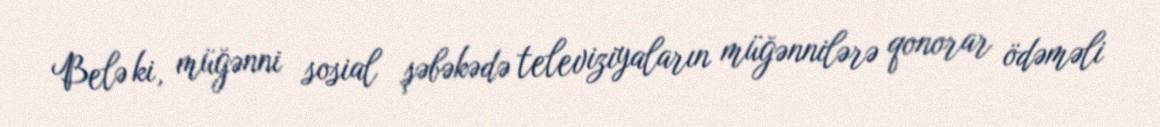
Belə ki, müğənni sosial şəbəkədə televiziyaların müğənnilərə qonorar ödəməli